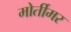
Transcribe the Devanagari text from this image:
मोर्तीमर